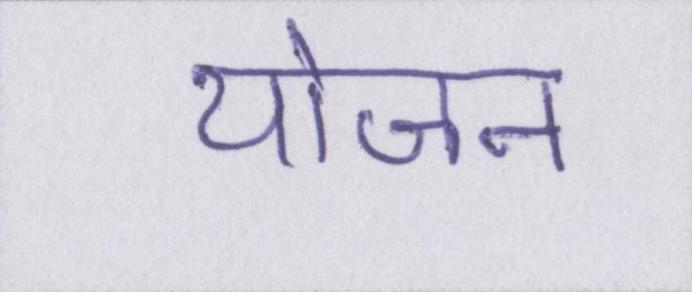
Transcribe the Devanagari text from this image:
योजन